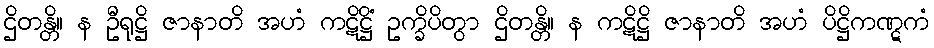
ဌိတန္တိ။ န ဦရုဋ္ဌိ ဇာနာတိ အဟံ ကဋိဋ္ဌိံ ဥက္ခိပိတွာ ဌိတန္တိ။ န ကဋိဋ္ဌိ ဇာနာတိ အဟံ ပိဋ္ဌိကဏ္ဋကံ